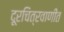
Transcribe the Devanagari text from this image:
दूरचित्रवाणीत